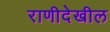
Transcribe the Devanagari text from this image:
राणीदेखील